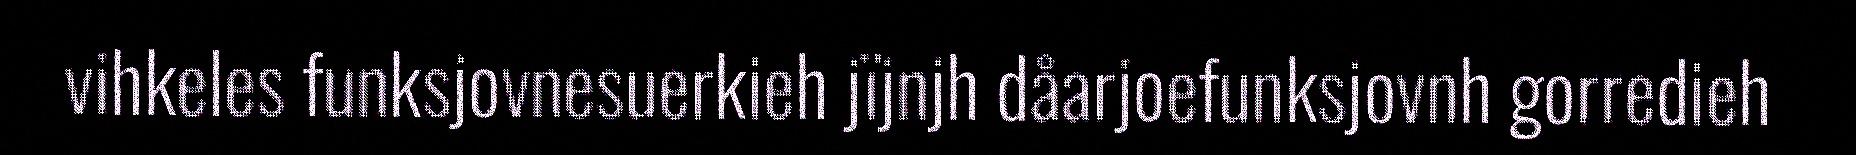
vihkeles funksjovnesuerkieh jïjnjh dåarjoefunksjovnh gorredieh